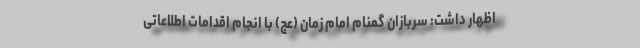
اظهار داشت: سربازان گمنام امام زمان (عج) با انجام اقدامات اطلاعاتی